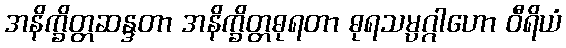
အနိက္ခိတ္တဆန္ဒတာ အနိက္ခိတ္တဓုရတာ ဓုရသမ္ပဂ္ဂါဟော ဝီရိယံ